Vaccination in the Punjab 1883-1896 - 1883-1896
Year: 1883
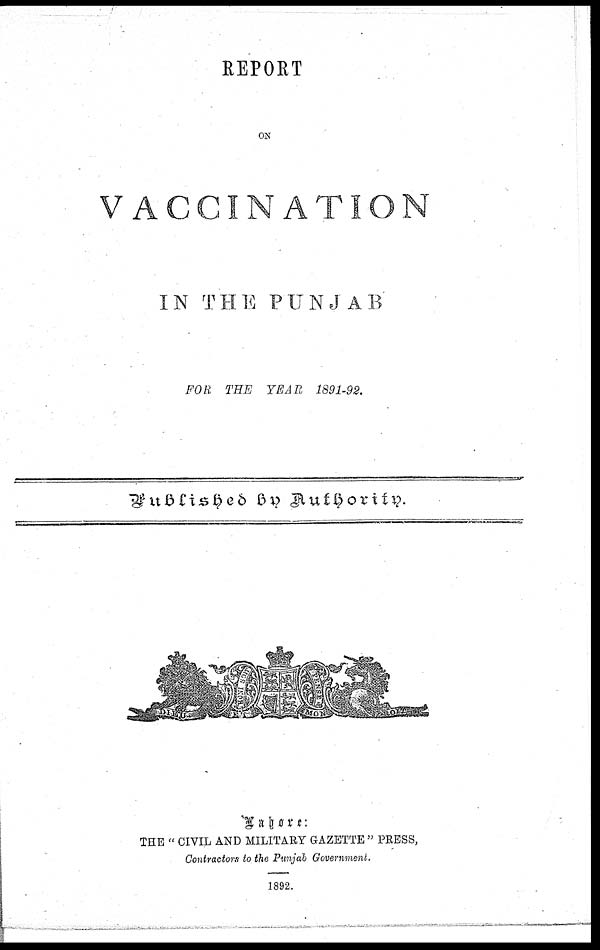
REPORT
ON
VACCINATION
IN THE PUNJAB
FOR THE YEAR 1891-92.
Published
by Authority.
Lahore:
THE "CIVIL AND MILITARY GAZETTE" PRESS,
Contractors to the Punjab Government.
1892.